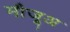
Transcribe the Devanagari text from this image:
मौजूअ